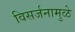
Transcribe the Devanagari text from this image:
विसर्जनामुळे